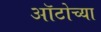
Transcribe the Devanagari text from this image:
ऑटोच्या